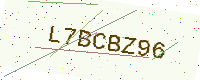
Text: L7BCBZ96